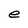
Character: e